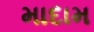
માદામ